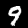
Digit: 9